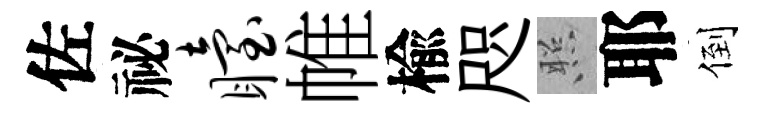
佐祕眙帷楡咫照耶倒